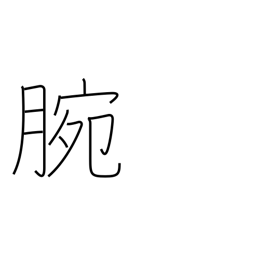
Meaning: ability